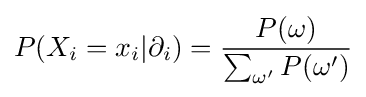
P(X_{i}=x_{i}|\partial _{i})={\frac {P(\omega )}{\sum _{\omega '}P(\omega ')}}